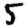
Digit: 5